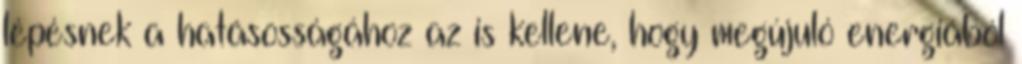
lépésnek a hatásosságához az is kellene, hogy megújuló energiából